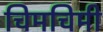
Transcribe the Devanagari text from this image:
चिमचिमी